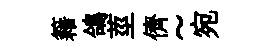
籍鴿莖儕~宛